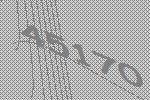
45170